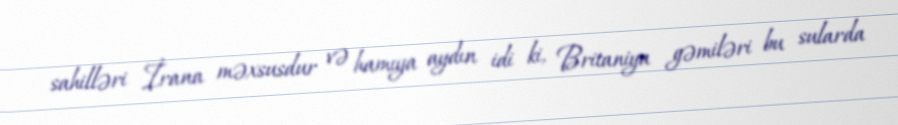
sahilləri İrana məxsusdur və hamıya aydın idi ki, Britaniya gəmiləri bu sularda